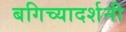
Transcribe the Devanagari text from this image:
बगिच्यादर्शनी